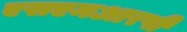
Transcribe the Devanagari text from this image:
एसएमआरपी